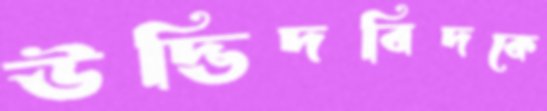
উদ্ভিদবিদকে